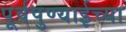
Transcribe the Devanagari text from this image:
पूर्वपुण्याईच्या